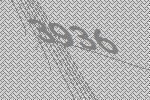
3936